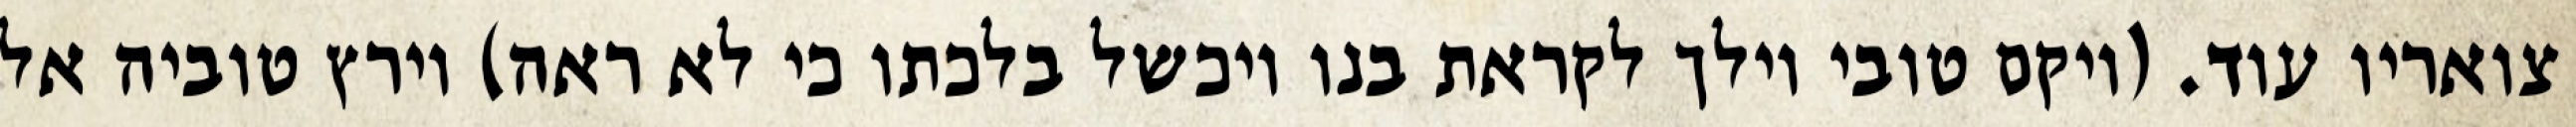
צואריו עוד. (ויקם טובי וילך לקראת בנו ויכשל בלכתו כי לא ראה) וירץ טוביה אל